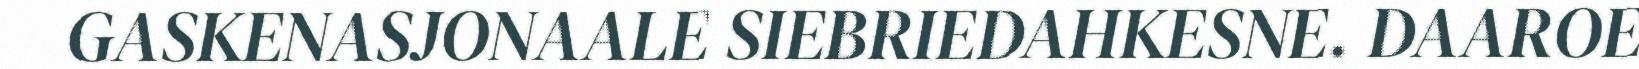
GASKENASJONAALE SIEBRIEDAHKESNE. DAAROE